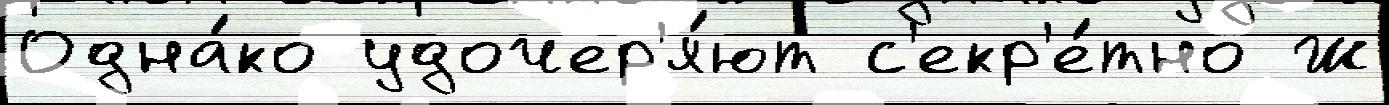
Одна́ко удочер'я́ют с'екр'е́тно Ж